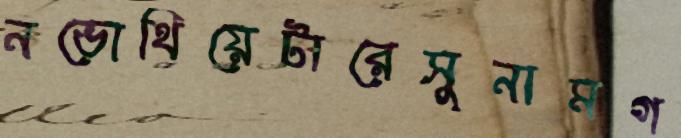
নভোথিয়েটারেসুনামগ